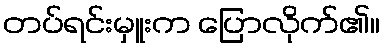
တပ်ရင်းမှူးက ပြောလိုက်၏။